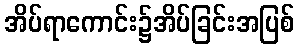
အိပ်ရာကောင်း၌အိပ်ခြင်းအပြစ်